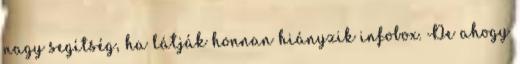
nagy segítség, ha látják honnan hiányzik infobox. De ahogy